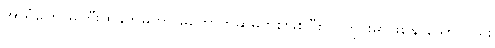
အာရုံကြောမကြီးထိခိုက်မှုဟာ မတော်တဆမှုတစ်ဖြစ်ပြီး လူတိုင်းမှာဖြစ်နိုင်သော်လည်း